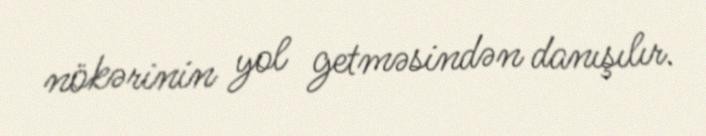
nökərinin yol getməsindən danışılır.